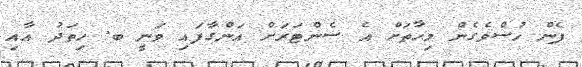
ފެން ހުސްވެގެން މިހާތަށް އެ ސެންޓަރަށް އަންގާފައި ވަނީ ބ. ހިތަދު އާއި